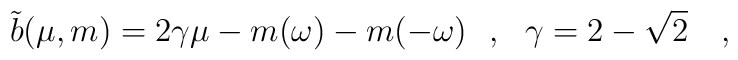
\tilde{b}(\mu,m)=2\gamma\mu -m(\omega)-m(-\omega)~~,~~\gamma=2-\sqrt{2}~~~,